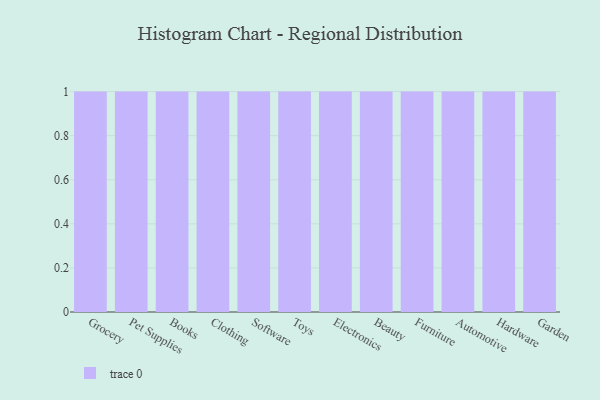
{"axis": {"x": "Category", "y": "Temperature (°C)"}, "legend": [""], "data": [{"x": "Grocery", "y": 10, "type": ""}, {"x": "Pet Supplies", "y": 33, "type": ""}, {"x": "Books", "y": 67, "type": ""}, {"x": "Clothing", "y": 44, "type": ""}, {"x": "Software", "y": 7, "type": ""}, {"x": "Toys", "y": 51, "type": ""}, {"x": "Electronics", "y": 9, "type": ""}, {"x": "Beauty", "y": 33, "type": ""}, {"x": "Furniture", "y": 77, "type": ""}, {"x": "Automotive", "y": 75, "type": ""}, {"x": "Hardware", "y": 58, "type": ""}, {"x": "Garden", "y": 86, "type": ""}]}